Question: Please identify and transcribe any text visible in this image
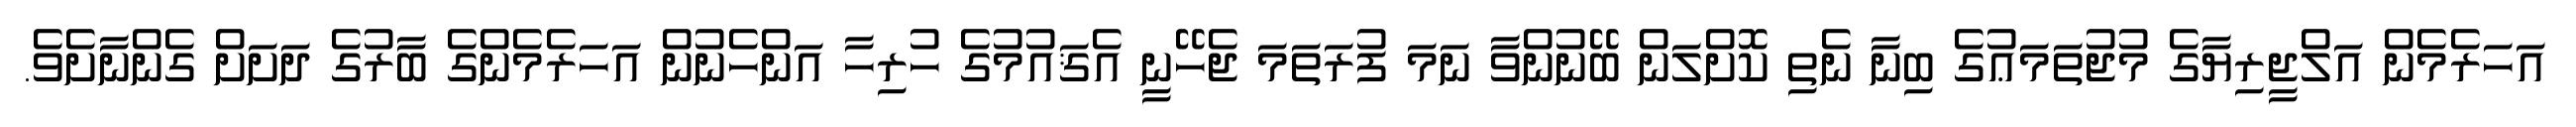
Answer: އަހަރެމެން އަލްޖީރިޔާގެ މުޖުތަމަޢުގެ ބިނާ ނެތި ކޮށްލަން ބޭނުންވާ ނަމަ ފުރަތަމަ ޖެހޭނީ އެޤައުމުގެ ހުރިހާ އަންހެނުން އަހަރެމެންގެ ބާރުގެ ދަށަށް ގެންނާށެވެ.